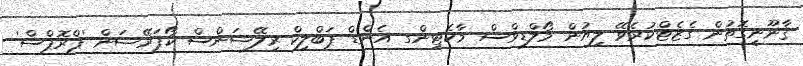
ޤާނޫނީގޮތުން ގެޒެޓްކުރެވޭ ލިޔުން މޯލްޑިވްސް މާކެޓިންގ އެންޑް ޕަބްލިކް ރިލޭޝަންސް ކޯޕަރޭޝަން 'ޕްރޮޕްސް'